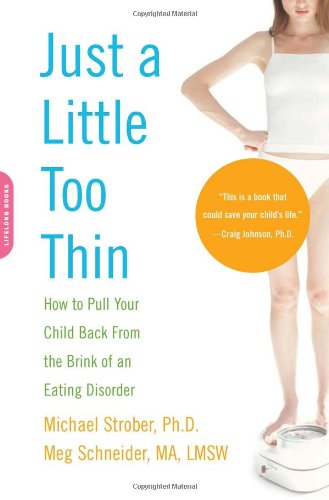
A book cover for Just a Little Too Thin: How to Pull Your Child Back from the Brink of an Eating Disorder; Michael Strober; Health, Fitness & Dieting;